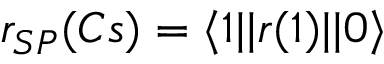
r _ { S P } ( C s ) = \langle 1 | | r ( 1 ) | | 0 \rangle